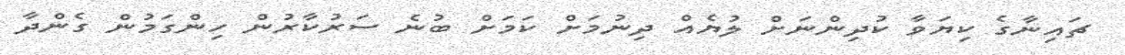
ޗައިނާގެ ކިޔަވާ ކުދިންނަށް ލުޔެއް ދިނުމަށް ކަމަށް ބުނެ ސަރުކާރުން ހިންގަމުން ގެންދާ